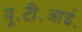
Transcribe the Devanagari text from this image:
यू॰टी॰आई॰